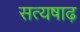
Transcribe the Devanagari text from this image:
सत्यषाढ़